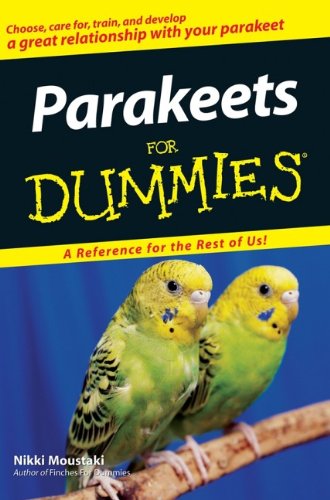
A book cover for Parakeets For Dummies; Nikki Moustaki; Crafts, Hobbies & Home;